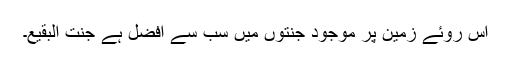
اس روئے زمین پر موجود جنتوں میں سب سے افضل ہے جنت البقیع۔